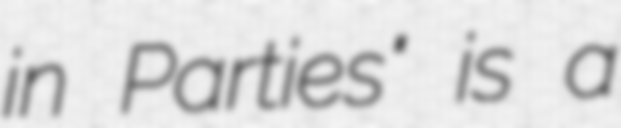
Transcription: in Parties" is a